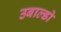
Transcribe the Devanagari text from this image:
उबाल्डो